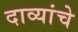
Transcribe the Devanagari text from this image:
दाव्यांचे